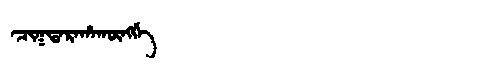
Manchu: ᠴᡳᡴᡨᠠᡵᠠᡥᠠᡴᡡᠩᡤᡝ
Romanization: CIKTARAHAKŪNGGE